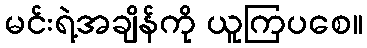
မင်းရဲ့အချိန်ကို ယူကြပစေ။